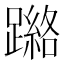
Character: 𮜘